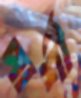
পার্শী